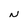
Character: N